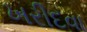
ખરીદવા